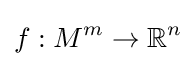
f:M^{m}\to \mathbb {R} ^{n}